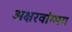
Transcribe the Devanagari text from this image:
अक्षरवांग्मय